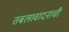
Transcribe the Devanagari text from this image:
तबलावादनाची